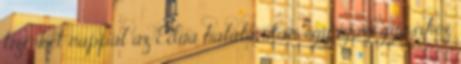
tizenkét nappal az Edua halála után, egy igazi gyászhoz